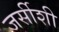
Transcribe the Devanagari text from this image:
जर्सीशी